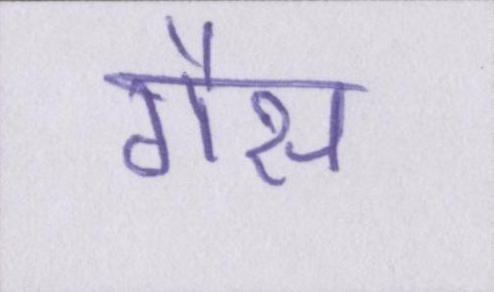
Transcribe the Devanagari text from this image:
गैस